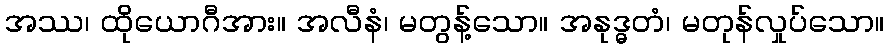
အဿ၊ ထိုယောဂီအား။ အလီနံ၊ မတွန့်သော။ အနုဒ္ဓတံ၊ မတုန်လှုပ်သော။